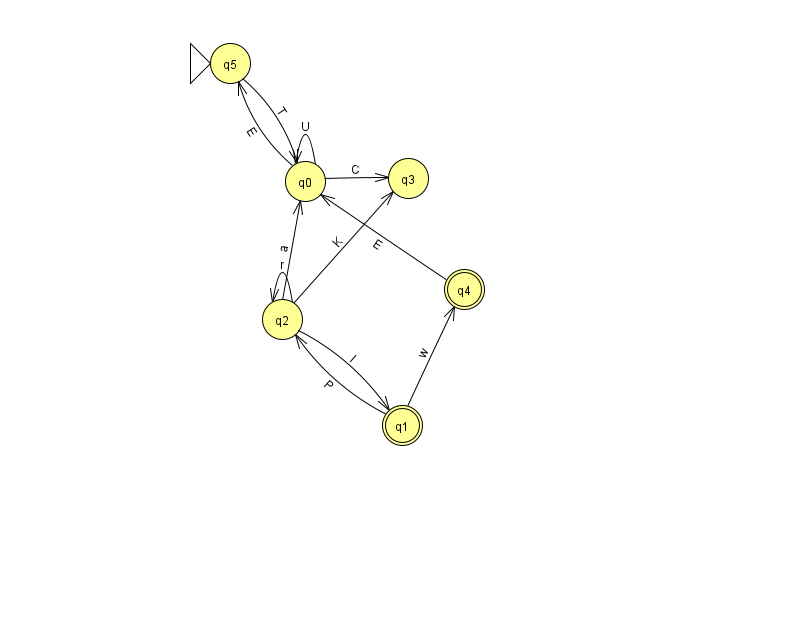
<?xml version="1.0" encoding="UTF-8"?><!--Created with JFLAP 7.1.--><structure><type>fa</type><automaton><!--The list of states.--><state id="0" name="q0"><x>305.0</x><y>168.0</y></state><state id="1" name="q1"><x>402.0</x><y>412.0</y><final/></state><state id="2" name="q2"><x>282.0</x><y>306.0</y></state><state id="3" name="q3"><x>408.0</x><y>165.0</y></state><state id="4" name="q4"><x>464.0</x><y>276.0</y><final/></state><state id="5" name="q5"><x>230.0</x><y>50.0</y><initial/></state><!--The list of transitions.--><transition><from>1</from><to>2</to><read>P</read></transition><transition><from>0</from><to>3</to><read>C</read></transition><transition><from>2</from><to>2</to><read>r</read></transition><transition><from>4</from><to>0</to><read>E</read></transition><transition><from>0</from><to>0</to><read>U</read></transition><transition><from>2</from><to>3</to><read>K</read></transition><transition><from>0</from><to>5</to><read>E</read></transition><transition><from>5</from><to>0</to><read>T</read></transition><transition><from>2</from><to>1</to><read>l</read></transition><transition><from>1</from><to>4</to><read>w</read></transition><transition><from>2</from><to>0</to><read>a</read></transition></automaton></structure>